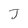
Character: J